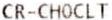
CR-CHOCLT